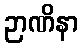
ဉာဏိနာ